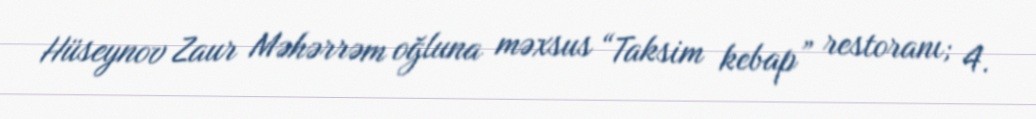
Hüseynov Zaur Məhərrəm oğluna məxsus “Taksim kebap” restoranı; 4.